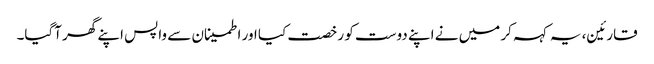
قارئین، یہ کہہ کر میں نے اپنے دوست کو رخصت کیا اور اطمینان سے واپس اپنے گھر آگیا۔